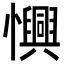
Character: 𢤽